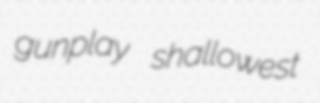
gunplay shallowest